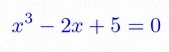
x^3-2x+5=0